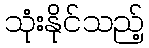
သုံးနိုင်သည့်